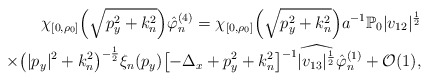
\begin{align*}\chi_{[0, \rho_0]} \Bigl( \sqrt{p_y^2 +k_n^2}\Bigr) \hat \varphi^{(4)}_n =\chi_{[0, \rho_0]} \Bigl( \sqrt{p_y^2 +k_n^2}\Bigr) a^{-1} \mathbb{P}_0 |v_{12}|^{\frac 12} \\\times \bigl(|p_y|^2 + k_n^2\bigr)^{-\frac 12}\xi_n (p_y) \bigl[-\Delta_x + p_y^2 + k_n^2\bigr]^{-1}\widehat{|v_{13}|^{\frac 12}} \hat \varphi^{(1)}_n + \mathcal{O}(1) , \end{align*}